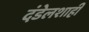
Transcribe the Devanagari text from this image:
दंडेलशाही